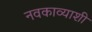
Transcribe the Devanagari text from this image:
नवकाव्याशी